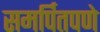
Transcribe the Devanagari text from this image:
समर्पितपणे